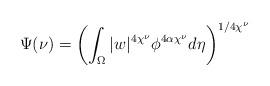
LaTeX: \begin{align*}\Psi(\nu) = \left( \int_\Omega |w|^{4\chi^\nu} \phi^{4\alpha \chi^\nu} d\eta \right)^{1/4\chi^\nu}\end{align*}